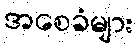
အစေခံများ